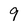
Character: 9